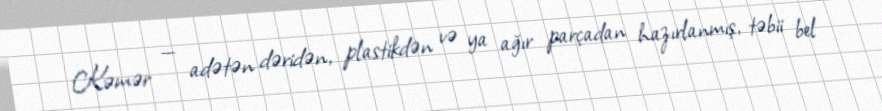
Kəmər — adətən dəridən, plastikdən və ya ağır parçadan hazırlanmış, təbii bel